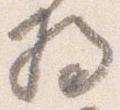
将